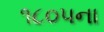
૧૮૦૫ના